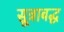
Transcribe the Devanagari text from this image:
सूत्राबद्ध